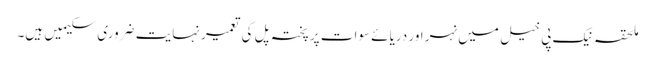
ملحقہ نیک پی خیل میں نہر اور دریائے سوات پر پختہ پل کی تعمیر نہایت ضروری سکیمیں ہیں۔